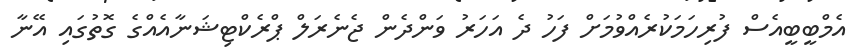
އެމްބީބީއެސް ފުރިހަމަކުރެއްވުމަށް ފަހު ދެ އަހަރު ވަންދެން ޖެނެރަލް ޕްރެކްޓިޝަނާއެއްގެ ގޮތުގައި އޭނާ